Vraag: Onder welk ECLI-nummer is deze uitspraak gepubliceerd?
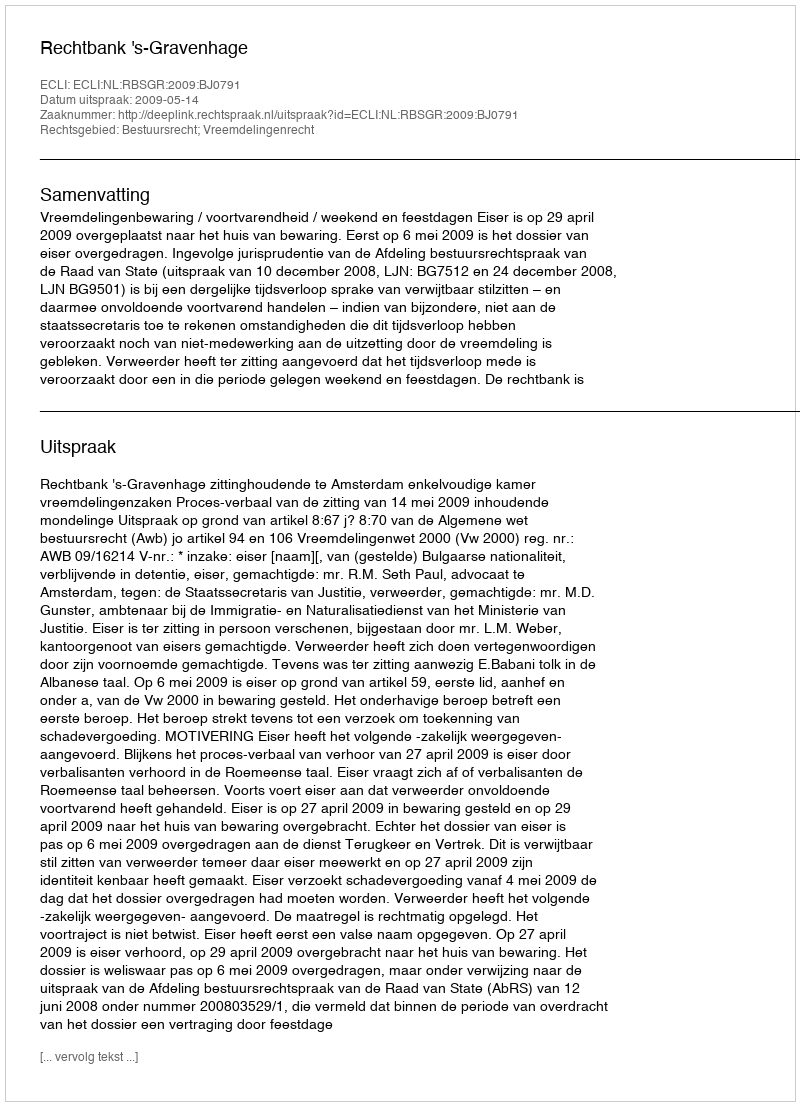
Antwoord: ECLI:NL:RBSGR:2009:BJ0791